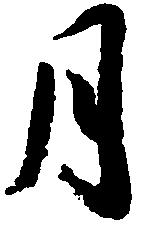
月